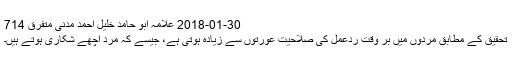
2018-01-30 علامہ ابو حامد خلیل احمد مدنی متفرق 714
تحقیق کے مطابق مردوں میں بر وقت ردِّعمل کی صلاحیت عورتوں سے زیادہ ہوتی ہے، جیسے کہ مرد اچھے شکاری ہوتے ہیں۔